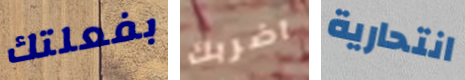
بفعلتك اضربك انتحارية